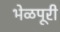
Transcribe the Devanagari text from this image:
भेळपूरी